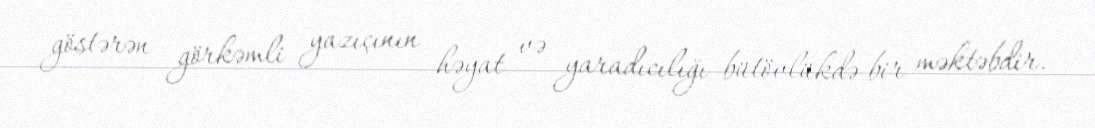
göstərən görkəmli yazıçının həyat və yaradıcılığı bütövlükdə bir məktəbdir.